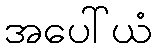
အပေါ်ယံ